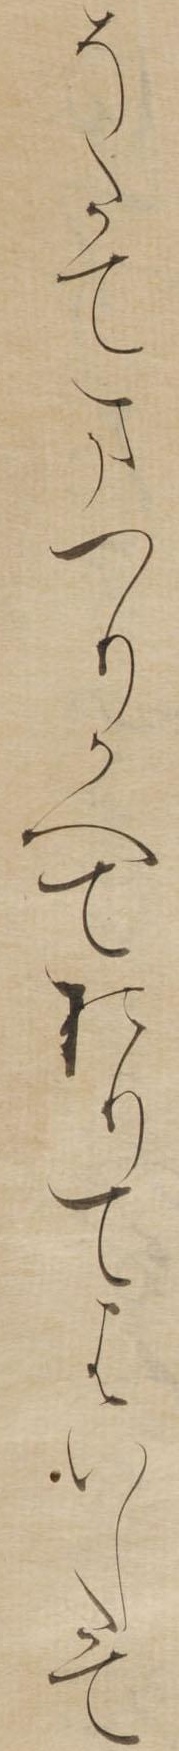
そたてまつりかへておりてはいしたて